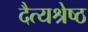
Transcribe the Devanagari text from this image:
दैत्यश्रेष्ठ